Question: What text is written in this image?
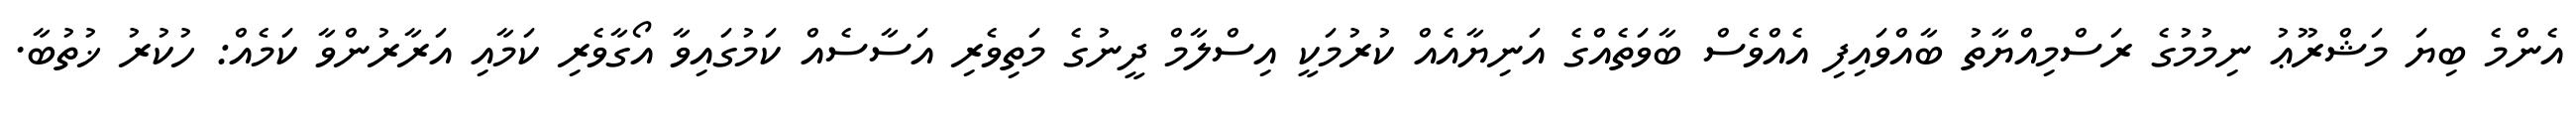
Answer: އެންމެ ބިޔަ މަޝްރޫޢު ނިމުމުގެ ރަސްމިއްޔާތު ބާއްވައިފި އެއްވެސް ބާވަތެއްގެ އަނިޔާއެއް ކުރުމަކީ އިސްލާމް ދީނުގެ މަތިވެރި އަސާސެއް ކަމުގައިވާ އޯގާވެރި ކަމާއި އަރާރުންވާ ކަމެއް: ހުކުރު ޚުތުބާ.